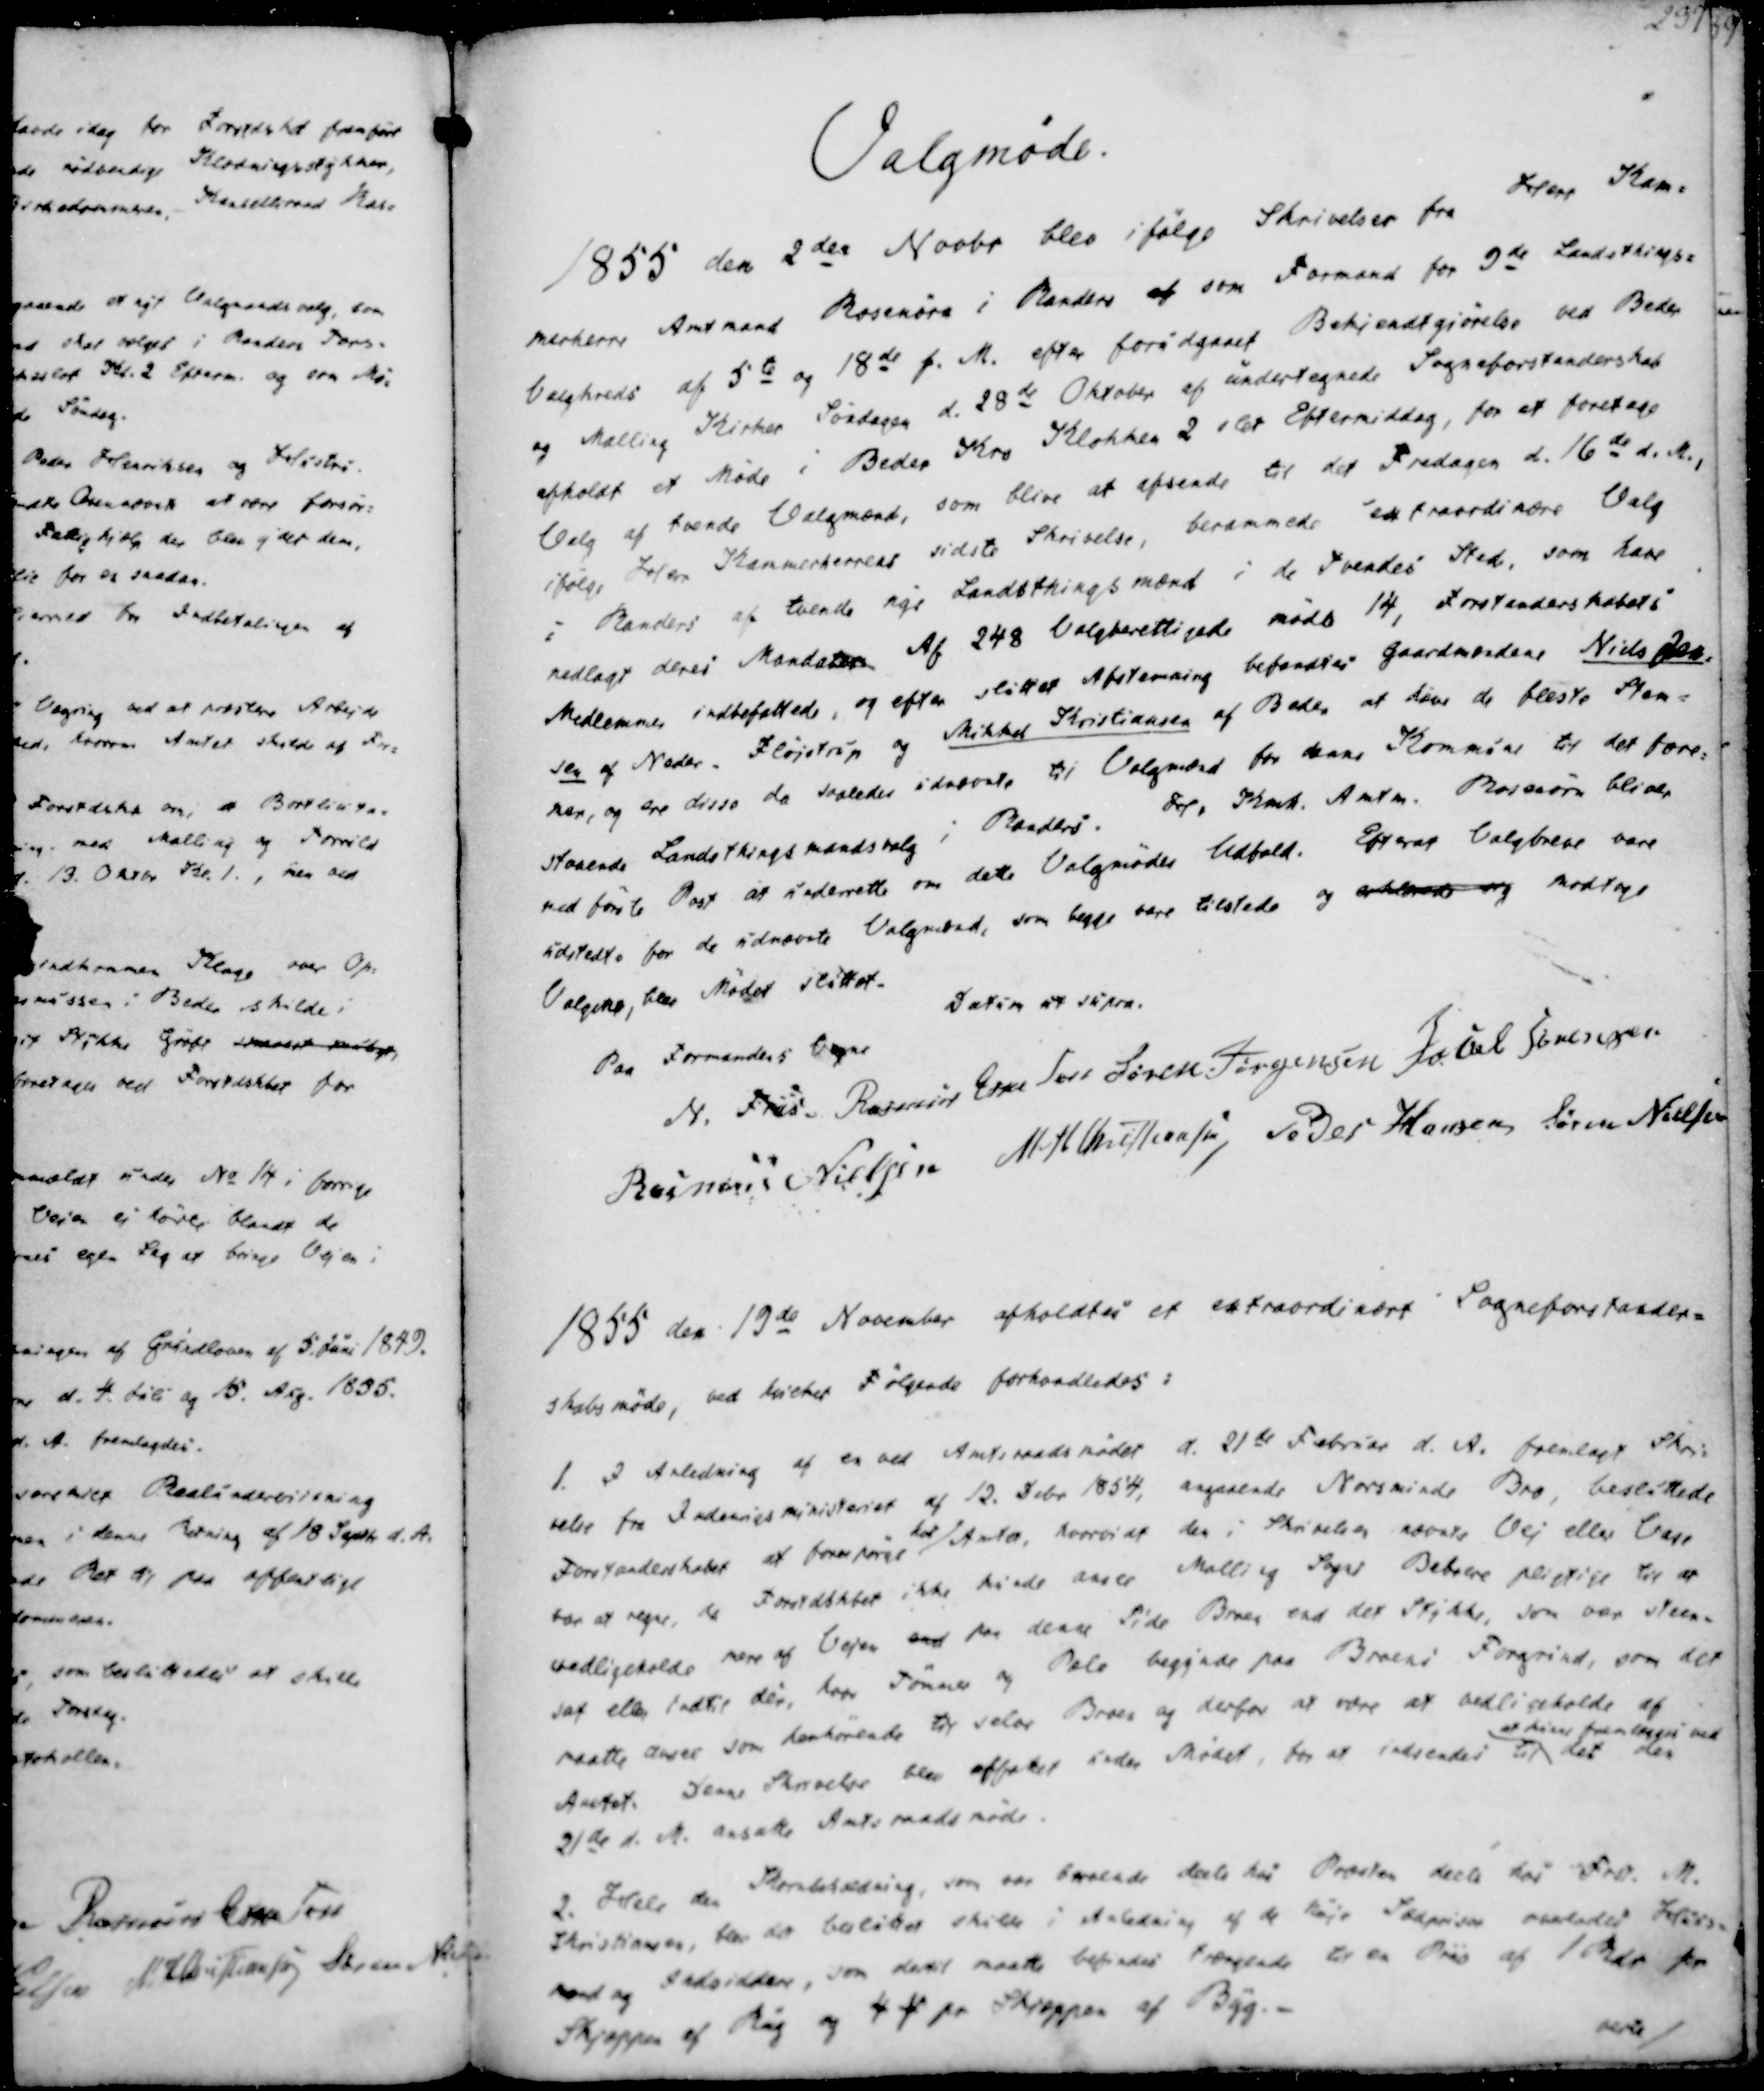
Transskription:
Valgmøde.

1855 den 2den Novbr blev ifølge Skrivelser fra Herr Kam-
merherre Amtmand Rosenørn i Randers af som Formand for 9de Landsthings-
Valgkreds af 5te og 18de f. M. efter forudgaaet Bekjendtgjørelse ved Beder
og Malling Kirker Søndagen d. 28de Oktober af undertegnede Sogneforstanderskab
afholdt et Møde i Beder Kro Klokken 2 slet Eftermiddag, for at foretage
Valg af tvende Valgmænd, som blive at afsende til det Fredagen d. 16de d.M.,
ifølge Herr Kammerherrens sidste Skrivelse, berammede extraordinære Valg
i Randers af tvende nye Landsthingsmænd i de Tvendes Sted, som have
nedlagt deres Mandater. Af 248 Valgberettigede mødte 14, Forstanderskabets
Medlemmer indbefattede, og efter sluttet Afstemning befandtes Gaardmændene Niels Jen-
sen af Neder- Fløjstrup og Mikkel Kristiansen af Beder at have de fleste Stem-
mer, og ere disse da saaledes udvorte til Valgmænd for denne Kommune til det fore-
staaende Landsthingsmandsvalg i Randers. Hr Kamh. Amtm. Rosenørn bliver
ved første Post at underrette om dette Valgmødes Udfald. Efterat Valgbreve vare
Udstedte for de udnævnte Valgmænd, som begge vare tilstede og erklærede sig modtage
Valgene, blev Mødet sluttet.

Datum ut supra.
Paa Formandens Vegne
N. Friis
Rasmus Eskesen
Søren Jørgensen
Jacob Sørensen
Rasmus Nielsen
M. H. Christiansen
Peder Hansen
Søren Nielsen

1855 den 19de November afholdtes et extraordinært Sogneforstander-
skabsmøde, ved hvilket Følgende forhandledes :
1. I Anledning af en ved Amtsraadsmødet d. 21de Februar d. A. fremlagt Skri-
velse fra Indenrigsministeriet af 12. Debr 1854, angaaende Norsminde Bro, besluttede
Forstanderskabet at forespørge her Amta, hvorvidt den i Skrivelsen nævnte Vej eller Base
bør at regne, da Forstdskbet ikke kunde ansee Malling Sogns Beboere pligtige til at
vedligeholde mere af Vejen end paa denne Side Broen end det Stykke, som var steen-
sat eller indtil dèr, hvor Tømmer og Dele begjede paa Broens Forgrind, som det
maatte anses som henhørende til selve Broen og derfor at være at vedligeholde af
Amtet. Denne Skrivelse blev affattet under Mødet, for at indsendes til
at blive fremlægges ved
det den
21de d. M. ansatte Amtsraadsmøde.
2. Hele den Skorebekædning, som var brelede dels hos Præsten deels for Frst. M.
Christiansen, blev det besluttet skulde i Anledning af de høje Sædpriser overlades Hirs-
mænd og Indsiddere, som dertil maatte befindes Trængende til en Priis af 1 Rdr pr
Skjæppen af Rug og 4 ₻ pr Skjæppen af Byg.
neste/